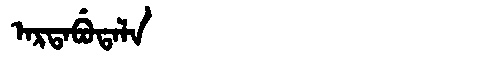
Manchu: ᠠᡵᡨᠠᠪᡠᡨᠠᠯᠠ
Romanization: ARTABUTALA